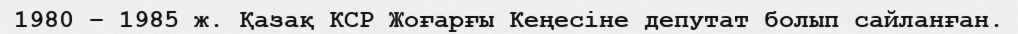
1980 – 1985 ж. Қазақ КСР Жоғарғы Кеңесіне депутат болып сайланған.